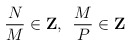
\begin{align*}{N \over M} \in {\bf Z},\,\,\,{M \over P} \in {\bf Z}\end{align*}